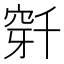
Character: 𬔌